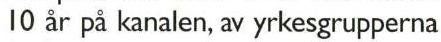
10 år på kanalen, av yrkesgrupperna